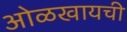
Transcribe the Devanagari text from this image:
ओळखायची